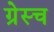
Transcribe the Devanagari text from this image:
ग्रेस्च